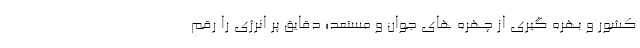
کشور و بهره گیری از چهره های جوان و مستعد؛ دقایق پر انرژی را رقم